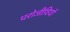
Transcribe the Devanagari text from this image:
परोजीवियों